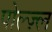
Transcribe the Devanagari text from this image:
पोल्ज़्ल